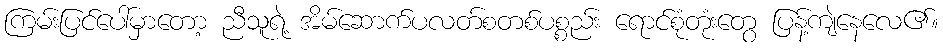
ကြမ်းပြင်ပေါ်မှာတော့ ညီသူရဲ့ အိမ်ဆောက်ပလတ်စတစ်ပစ္စည်း ရောင်စုံတုံးတွေ ပြန့်ကျဲနေလေ၏။